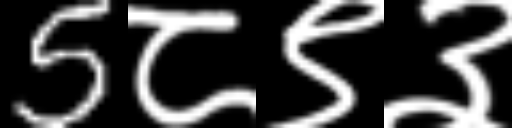
Text: 5८९३